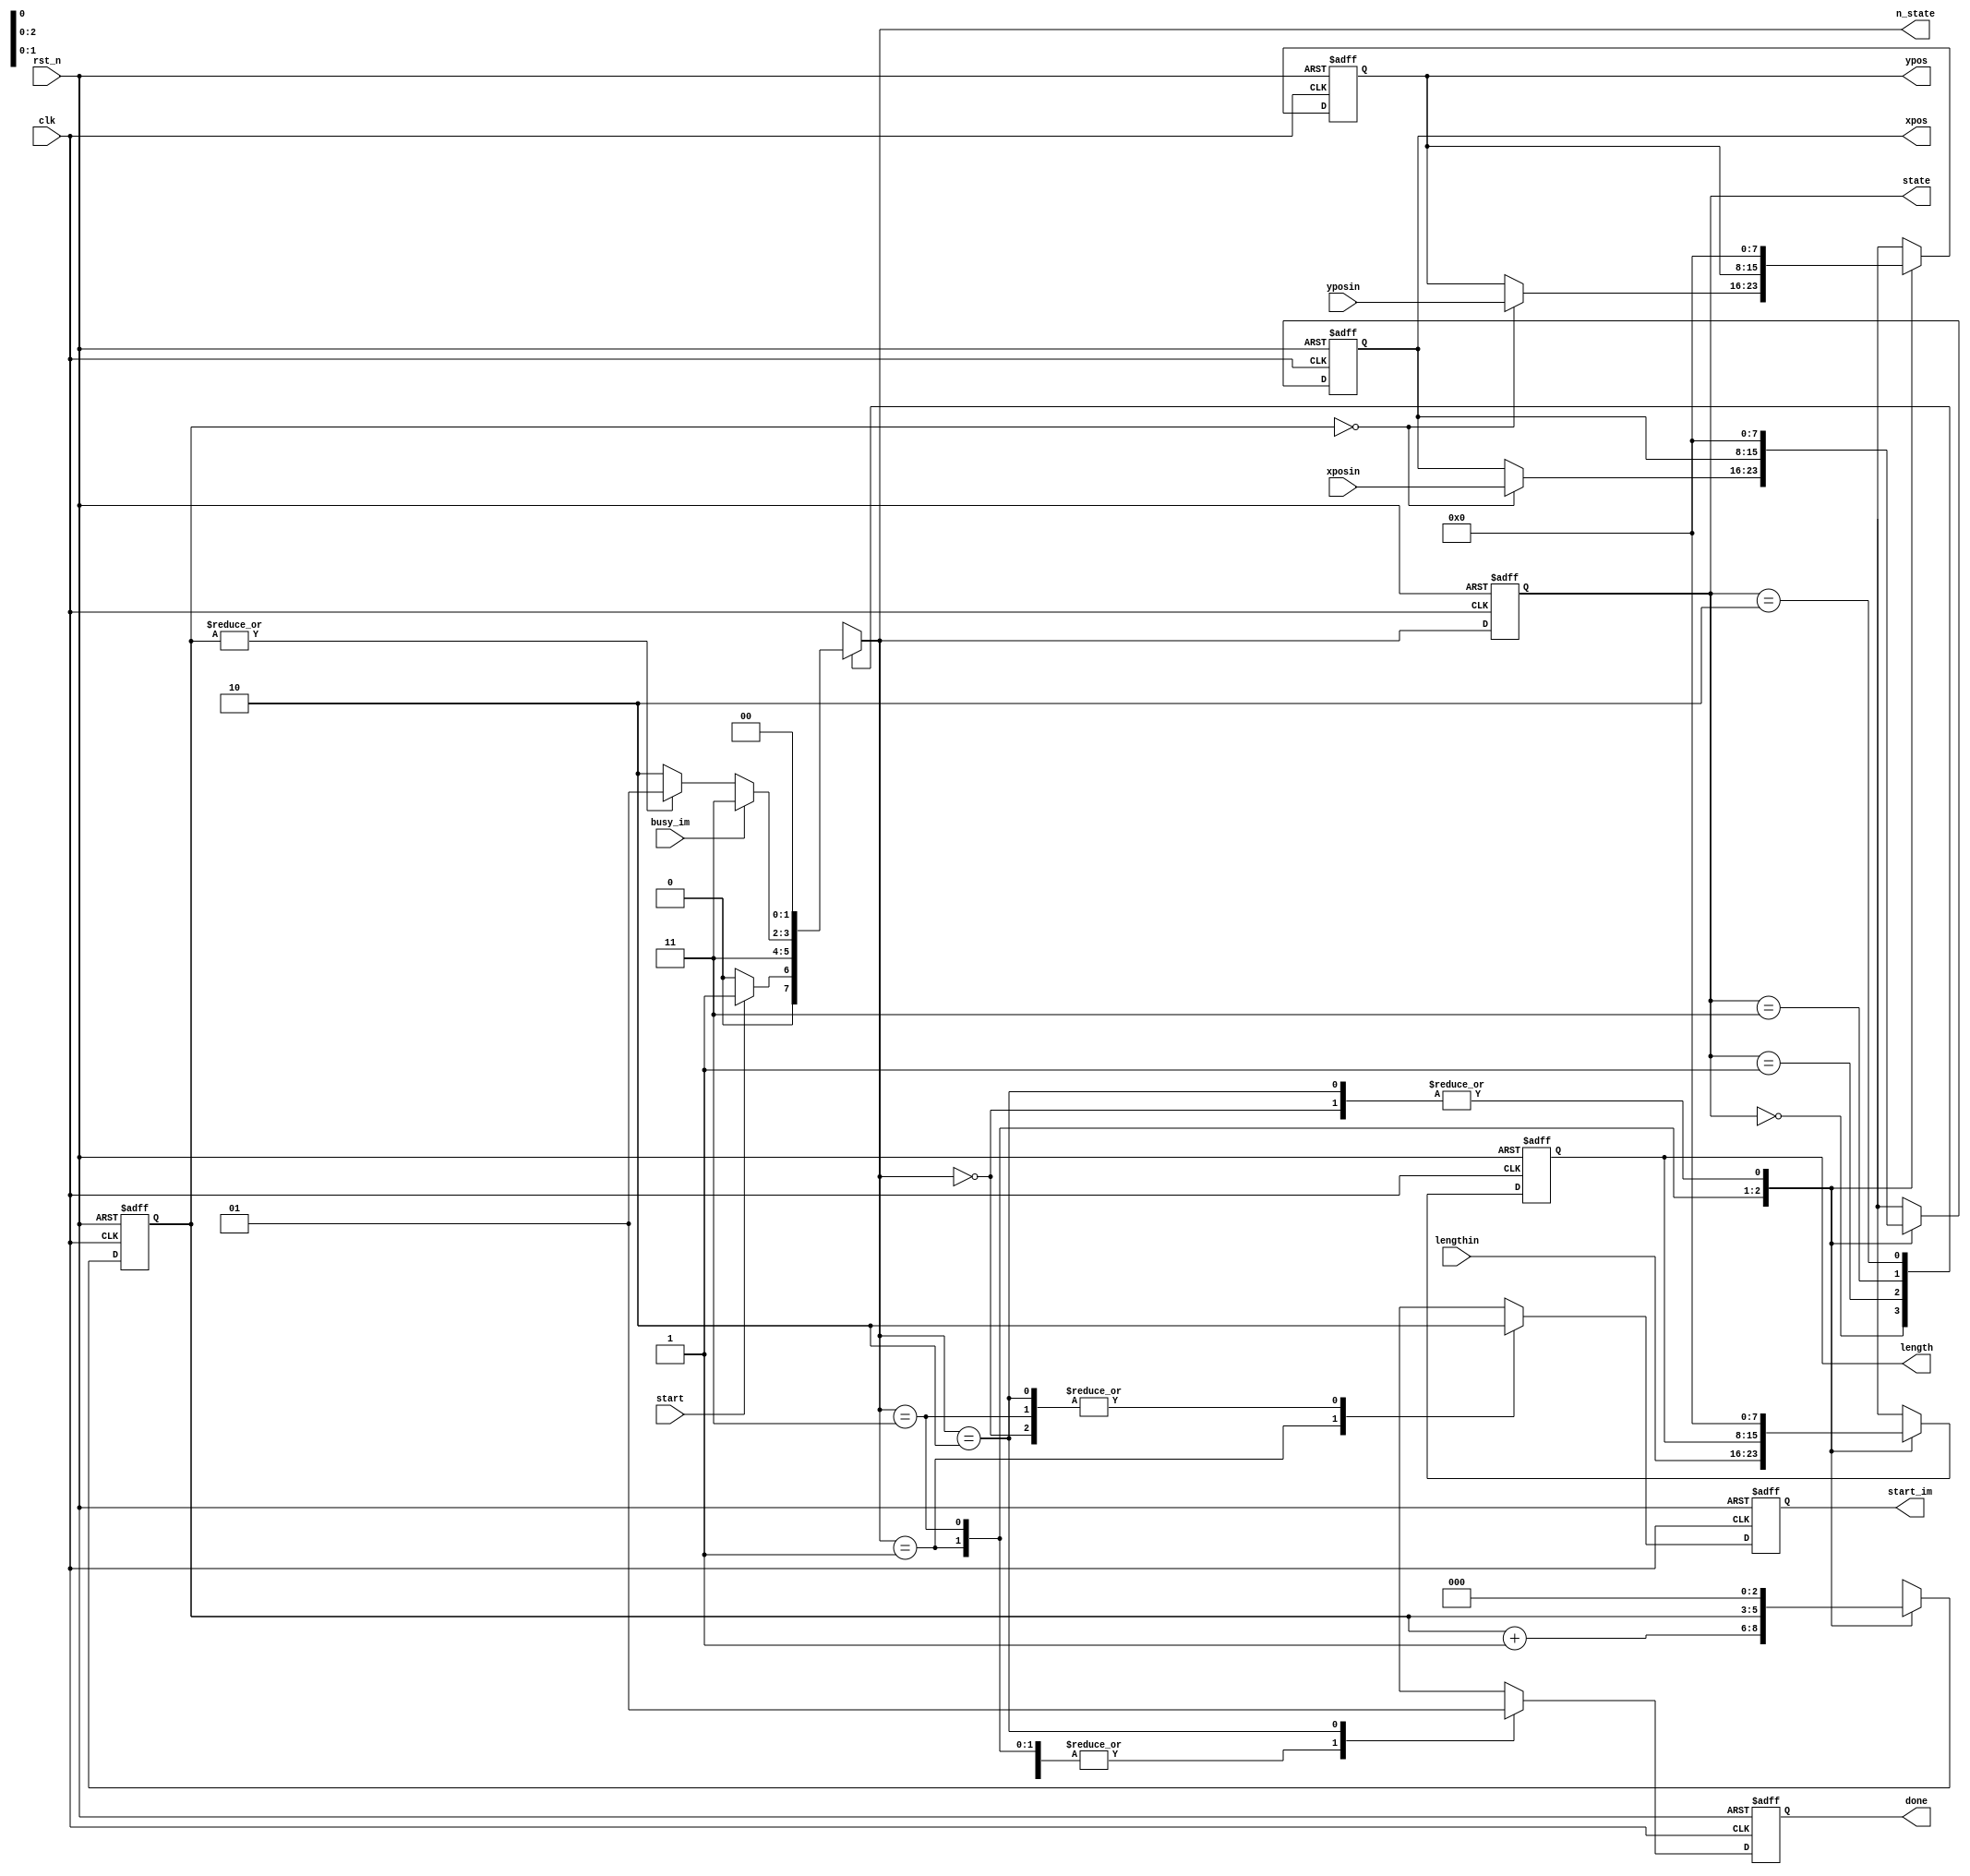
`timescale 1ns / 1ps
//////////////////////////////////////////////////////////////////////////////////
// Company: 
// Engineer: 
// 
// Design Name: 
// Module Name: RESULT_WRITER_CU
// Project Name: 
// Target Devices: 
// Tool Versions: 
// Description: 
// 
// Dependencies: 
// 
// Revision:
// Revision 0.01 - File Created
// Additional Comments:
// 
//////////////////////////////////////////////////////////////////////////////////


module RESULT_WRITER_CU
#(
	parameter
		WIDTH_PIXEL = 3'd4,
		WIDTH_ADDR  = 5'd16,
		WIDTH_POSI  = 4'd8,
		S_IDLE      = 2'b00,
		S_START     = 2'b01,
		S_BUSY      = 2'b11,
		S_WAIT      = 2'b10
)
(
	
	input  clk, rst_n,

	// general
	input      start,
	output reg done,

	// Image Migration
	input      busy_im,
	output reg start_im,

	// FDE
	input      [WIDTH_POSI-1:0] xposin,
	input      [WIDTH_POSI-1:0] yposin,
	input      [WIDTH_POSI-1:0] lengthin,
	output reg [WIDTH_POSI-1:0] xpos,
	output reg [WIDTH_POSI-1:0] ypos,
	output reg [WIDTH_POSI-1:0] length,
	output     [1:0]            state,
	output     [1:0]            n_state

);



	reg [1:0] current_state, next_state;
	reg [2:0] cnt;
	wire      cnt_pos;
	assign cnt_pos = |cnt;
	assign state = current_state;
	assign n_state = next_state;

	// next_state logic
	always @(*) begin
		case (current_state)
			S_IDLE: begin
				if (start) begin
					next_state = S_START;
				end
				else begin
					next_state = S_IDLE;
				end
			end
			S_START: begin
				next_state = S_BUSY;
			end
			S_BUSY: begin
				if (busy_im) begin
					next_state = S_BUSY;
				end
				else if (cnt_pos) begin
					next_state = S_START;
				end
				else begin
					next_state = S_WAIT;
				end
			end
			S_WAIT: begin
				next_state = S_IDLE;
			end
			default: begin
				next_state = S_IDLE;
			end
		endcase
	end

	// output
	always @(posedge clk or negedge rst_n) begin
		if (!rst_n) begin
			// reset
			{xpos,ypos,length} <= {{3{{WIDTH_POSI{1'b0}}}}};
			start_im <= 1'b0;
			done <= 1'b0;
			cnt <= 3'd0;
		end
		else begin
			case (next_state)
				S_IDLE: begin
					{xpos,ypos,length} <= {{3{{WIDTH_POSI{1'b0}}}}};
					start_im <= 1'b0;
				   done <= 1'b0;
				   cnt  <= 3'd0;
				end
				S_START: begin
					xpos <= (cnt==3'd0)? xposin : xpos;
					ypos <= (cnt==3'd0)? yposin : ypos;
					length <= lengthin;
					start_im <= 1'b1;
					done <= 1'b0;
					cnt <= cnt + 3'd1;
				end
				S_BUSY: begin
					xpos <= xpos;
					ypos <= ypos;
					length <= length;
					start_im <= 1'b0;
					done <= 1'b0;
					cnt  <= cnt;
				end
				S_WAIT: begin
					{xpos,ypos,length} <= {{3{{WIDTH_POSI{1'b0}}}}};
					start_im <= 1'b0;
					done <= 1'b1;
					cnt  <= 3'd0;
				end
				default: begin
					{xpos,ypos,length} <= {{3{{WIDTH_POSI{1'b0}}}}};
					start_im <= 1'b0;
					done <= 1'b1;
					cnt <= 3'd0;
				end
			endcase
		end
	end // always

	// state transmission
	always @(posedge clk or negedge rst_n) begin
		if (!rst_n) begin
			// reset
			current_state <= S_IDLE;
		end
		else begin
			current_state <= next_state;
		end
	end // always

endmodule